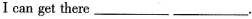
I can get there___.